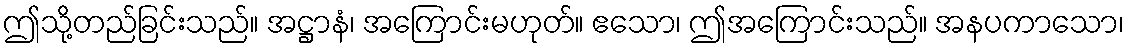
ဤသို့တည်ခြင်းသည်။ အဋ္ဌာနံ၊ အကြောင်းမဟုတ်။ ဧသော၊ ဤအကြောင်းသည်။ အနပကာသော၊